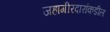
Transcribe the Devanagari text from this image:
जहागीरदारांकडील